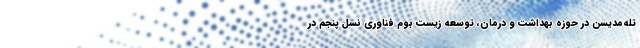
تله‌مدیسن در حوزه بهداشت و درمان، توسعه زیست بوم فناوری نسل پنجم در